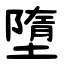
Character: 墮